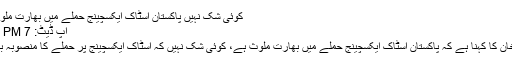
کوئی شک نہیں پاکستان اسٹاک ایکسچینج حملے میں بھارت ملوث ہے: عمران خان
اپ ڈیٹ: 7 PM , جون 30, 2020
وزیراعظم عمران خان کا کہنا ہے کہ پاکستان اسٹاک ایکسچینج حملے میں بھارت ملوث ہے، کوئی شک نہیں کہ اسٹاک ایکسچینج پر حملے کا منصوبہ بھارت میں بنایا گیا۔